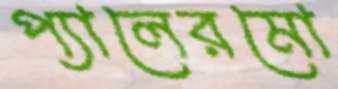
প্যালেরমো